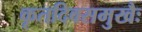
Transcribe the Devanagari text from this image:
कृतदिवसमुखैः